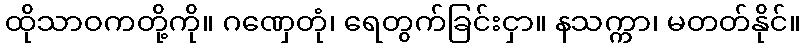
ထိုသာဝကတို့ကို။ ဂဏှေတုံ၊ ရေတွက်ခြင်းငှာ။ နသက္ကာ၊ မတတ်နိုင်။